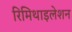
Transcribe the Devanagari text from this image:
रिमिथाइलेशन